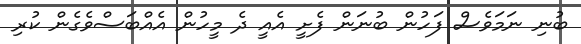
ބުނި ނަމަވެސް ފަހުން ބުނަން ފެށީ އެއީ ދެ މީހުން އެއްބަސްވެގެން ކުރި